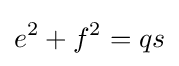
e^{2}+f^{2}=qs